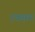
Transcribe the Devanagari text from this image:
रक्सम